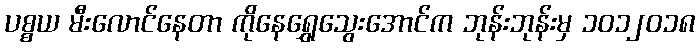
ပစ္စယ မီးလောင်နေတာ ကိုနေရွှေသွေးအောင်က ဘုန်းဘုန်းမှ ၁၀၁၂၀၁၈